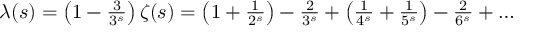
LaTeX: \begin{array} { r } { \lambda ( s ) = \left( 1 - { \frac { 3 } { 3 ^ { s } } } \right) \zeta ( s ) = \left( 1 + { \frac { 1 } { 2 ^ { s } } } \right) - { \frac { 2 } { 3 ^ { s } } } + \left( { \frac { 1 } { 4 ^ { s } } } + { \frac { 1 } { 5 ^ { s } } } \right) - { \frac { 2 } { 6 ^ { s } } } + \ldots } \end{array}